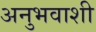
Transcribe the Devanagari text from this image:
अनुभवाशी